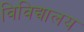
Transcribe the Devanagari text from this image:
विविद्यालय